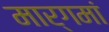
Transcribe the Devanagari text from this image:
मार्गमां